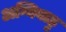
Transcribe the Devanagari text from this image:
अग्निबाहु